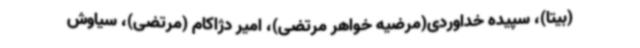
(بیتا)، سپیده خداوردی(مرضیه خواهر مرتضی)، امیر دژاکام (مرتضی)، سیاوش